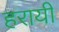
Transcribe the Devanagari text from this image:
हरायी